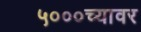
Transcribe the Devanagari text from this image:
५०००च्यावर